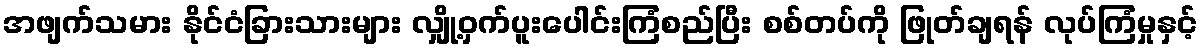
အဖျက်သမား နိုင်ငံခြားသားများ လျှို့ဝှက်ပူးပေါင်းကြံစည်ပြီး စစ်တပ်ကို ဖြုတ်ချရန် လုပ်ကြံမှုနှင့်